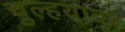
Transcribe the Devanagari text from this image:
चुल्हयावर